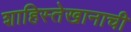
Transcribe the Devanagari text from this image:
शाहिस्तेखानाची